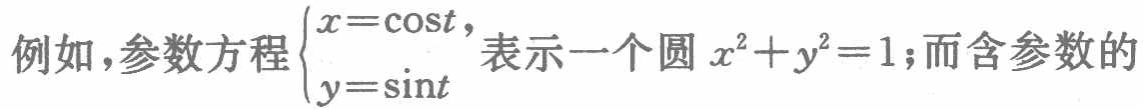
例如，参数方程$\begin{cases}x = \cos t,\\y = \sin t\end{cases}$表示一个圆$x^{2}+y^{2}=1$；而含参数的